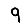
Digit: 9